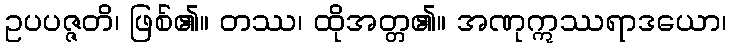
ဥပပဇ္ဇတိ၊ ဖြစ်၏။ တဿ၊ ထိုအတ္တ၏။ အဏုဣဿရာဒယော၊